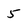
Character: 5